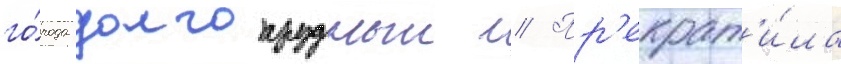
го́рода долгопрудныи // Пр'екрат'и́ла